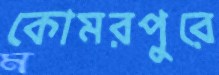
কোমরপুরে